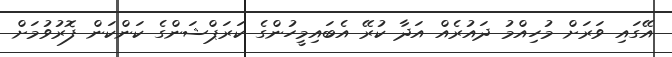
އޭގައި ވަރަށް މުހިއްމު ދައުރެއް އަދާ ކުރޭ އެބައިމީހުންގެ ކަރަޕްޝަންގެ ކަންކަން ފޮރުވުމަށް